Vaccine operations Central Provinces 1886-1899 - 1886-1899
Year: 1886
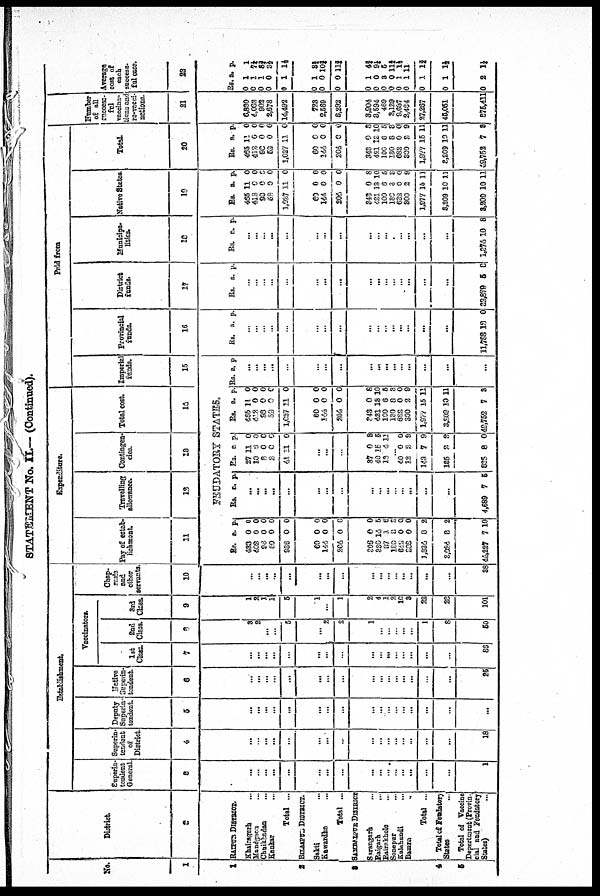
STATEMENT No. II.— (Continued).
No.
1
1
2
3
4
5
District.
2
RAIPUR DISTRICT.
Khairagarh ...
Mandgaon ...
Chuikhadan ...
Kankar ...
Total ...
BILASPUR DISTRICT.
Sakti ...
Kawardha ...
Total ...
SAMBAZPUR DISTRICT
Sarangarh
...
Raigarh
...
Rairakhole ...
Sonepur
...
Kalahandi
...
Bamra ...
Total ...
Total of Feudatory
States
...
Total of Vaccine
Department (Provin-
cial and Feudatory
States) ...
Establishment.
Superin-
tendent
General.
3
...
...
...
...
...
...
...
...
...
...
...
...
...
...
...
...
1
Superin-
tendent
of
District.
4
...
...
...
...
...
...
...
...
...
...
...
...
...
...
...
...
18
Deputy
Superin-
tendent.
5
...
...
...
...
...
...
...
...
...
...
...
...
...
...
...
...
...
Native
Superin-
tendent.
6
...
...
...
...
...
...
...
...
...
...
...
...
...
...
...
...
25
Vaccinators.
1st
Class.
7
...
...
...
...
...
...
...
...
...
...
...
...
...
...
...
...
86
2nd
Class.
8
3
2
...
...
5
...
2
2
1
...
...
...
... ...
1
8
50
3rd
Class.
9
1
2
1
1
5
1
...
1
2
4
1
2
10
3
22
28
101
Chap-
rasis
and
other
servants.
10
...
...
...
...
...
...
...
...
...
...
...
...
... ...
...
...
38
Expenditure.
Pay of estab-
lishment.
11
Travelling
allowance.
12
Contingen-
cies.
13
Total cost.
14
FEUDATORY STATES.
Rs.
433
402
96
50
920
60
140
204
306
380
87
130
642
288
1,834
3,024
40,227
a.
0
0
0
0
0
0
0
0
0
14
1
3
0
0
0
8
7
p.
0
0
0
0
0
0
0
0
0
5
6
3 0
0
2
2
10
Rs. a. p.
...
...
...
...
...
...
...
...
...
...
...
...
...
...
...
...
4,689 7 5
Rs.
27
10
3
2
11
a.
11
0
0
0
11
p.
0
0
0
0
0
...
...
...
37
40
13
0
15
0
8
5
12
...
40 12
143
185
835
0
3
7
2
8
0
9
9
9
0
Rs.
465
412
98
53
1,027
60
144
204
343
421
100
130
682 300
1,977
3,209
49,752
a.
11
0
0
0
11
0
0
0
0
18
6
8
0
2
15
10
7
p.
0
0
0
0
0
0
0
0
8
10
5
3
0
9
11
11
3
Paid from
Imperial
funds.
15
Rs. a. p.
...
...
...
...
...
...
...
...
...
...
...
...
...
...
...
...
...
Provincial
funds.
16
Rs. a. p.
...
...
...
...
...
...
...
...
...
...
...
...
...
...
...
...
11,788 13 0
District
funds.
17
Rs. a. p.
...
...
...
...
...
...
...
...
...
...
...
...
...
...
...
...
32,879 6 0
Municipa-
lities.
18
Rs. a. p.
...
...
...
...
...
...
...
...
...
...
...
...
...
...
...
...
1,274 10 8
Native States.
19
Rs.
465
412
90
58
1,027
60
144
204
348
421
100
130
632
800
1,977
3,209
3,209
a.
11
0
0
0
11
0
0
0
0
13
6
3
0
2
15
10
10
p.
0
0
0 0
0
0
0
0
8
10
5
3
0
9
11
11
11
Total.
20
Rs.
465
412
90 52
1,027
60
144
204
343
421
100
130
682
800
1,977
2,209
49,752
a.
11
0
0
0
11
0
0
0
0
18
6
8
0
2
15
10
7
p.
0
0
0
0
0
0
0
0
8
10
5
3
0
9
11
11
8
Number
of all
success-
ful
vaccina-
tions and
re-vacci
nations.
21
6,830
4,082
902
2,678
14,492
728
2,569
3,292
3,904
8,594
469
2,129
9,687
2,484
27,267
45,051
876,411
Average
cost of
each
success-
ful case.
22
Rs
0
0
0
0
0
0
0
0
0
0
0
0
0
0
0
0
0
a.
1
1
1
0
1
1
0
0
1
0
3
0
1
1
1
1
2
p.
1
7¼
8¾ 3¼
1½
3¾
10¾
11¾
4¾
9¼
5
11¾
1¾
11
1¾
1½
1¼